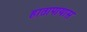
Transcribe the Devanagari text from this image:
हातापायास